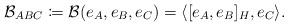
LaTeX: \begin{align*} \mathcal{B}_{ABC} \coloneqq \mathcal{B}(e_A,e_B,e_C)=\langle [e_A,e_B]_H,e_C\rangle.\end{align*}